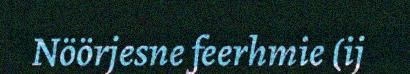
Nöörjesne feerhmie (ij